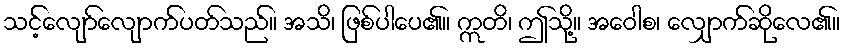
သင့်လျော်လျောက်ပတ်သည်။ အသိ၊ ဖြစ်ပါပေ၏။ ဣတိ၊ ဤသို့။ အဝေါစ၊ လျှောက်ဆိုလေ၏။